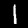
Label: 1